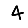
Digit: 4